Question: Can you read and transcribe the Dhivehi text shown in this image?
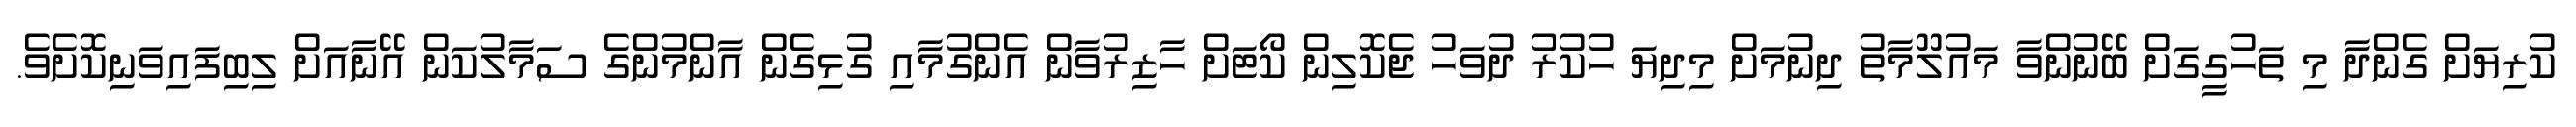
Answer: ކުރިޔަށް ގެންދާ މި ތަހުގީގަށް ބޭނުންވާ މައުލޫމާތު ދިނުމަށް މިދިޔަ ހުކުރު ދުވަހު ޖެކޮލިން ކޯޓަށް ހާޒިރުވާން އެންގުމާއި ގުޅިގެން އާންމުންގެ ސަމާލުކަން އޭނާއަށް ލިބިފައިވަނިކޮށެވެ.